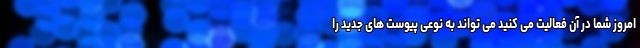
امروز شما در آن فعالیت می کنید می تواند به نوعی پیوست های جدید را